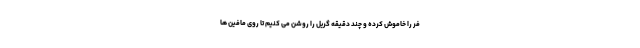
فر را خاموش کرده و چند دقیقه گریل را روشن می کنیم تا روی مافین ها